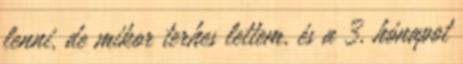
lenni, de mikor terhes lettem, és a 3, hónapot